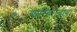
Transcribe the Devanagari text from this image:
गारिबाल्दीचा